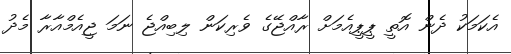
އެކަމަކު ދެން އޮތީ ޕީޕީއެމަށް ރާއްޖޭގެ ވެރިކަން ލިބިއްޖެ ނަމަ ޖީއެމްއާރާ މެދު